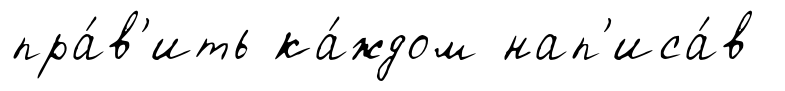
пра́в'ить ка́ждом нап'иса́в